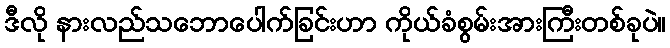
ဒီလို နားလည်သဘောပေါက်ခြင်းဟာ ကိုယ်ခံစွမ်းအားကြီးတစ်ခုပဲ။